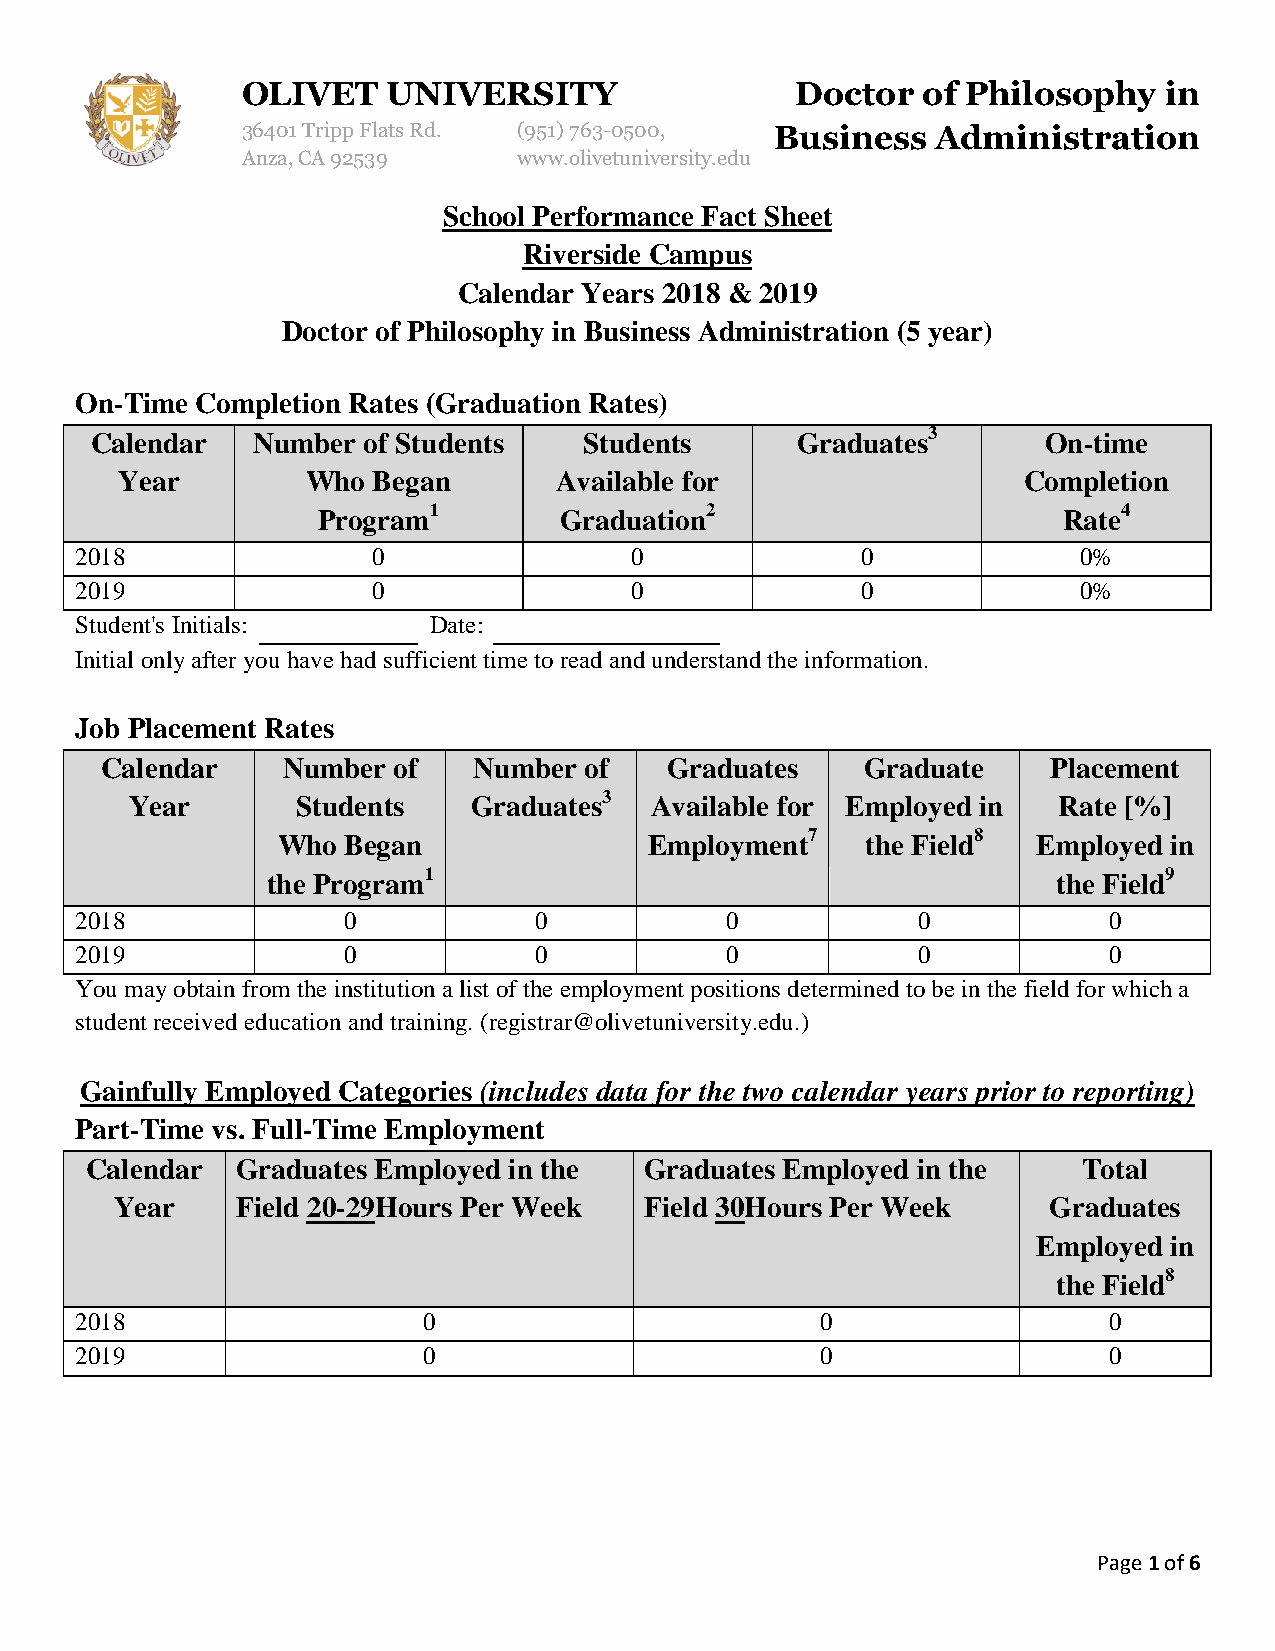
OLIVET    UNIVERSITY                 Doctor  of Philosophy   in
 36401 Tripp Flats Rd. (951) 763-0500, Business Administration
 Anza, CA 92539    www.olivetuniversity.edu
 School Performance Fact Sheet
 Riverside Campus
 Calendar Years 2018 & 2019
 Doctor of Philosophy in Business Administration (5 year)
 On-Time Completion Rates (Graduation Rates)
 Calendar   Number of Students    Students      Graduates3      On-time
 Year        Who  Began       Available for                  Completion
 Program1        Graduation2                      Rate4
 2018                0                0              0              0%
 2019                0                0              0              0%
 Student's Initials:    Date:
 Initial only after you have had sufficient time to read and understand the information.
 Job Placement Rates
 Calendar    Number of   Number  of   Graduates    Graduate     Placement
 Year       Students   Graduates3  Available for Employed in  Rate [%]
 Who  Began               Employment7   the Field8  Employed in
 the Program1                                        the Field9
 2018              0           0            0            0           0
 2019              0           0            0            0           0
 You may obtain from the institution a list of the employment positions determined to be in the field for which a
 student received education and training. (registrar@olivetuniversity.edu.)
 Gainfully Employed Categories (includes data for the two calendar years prior to reporting)
 Part-Time vs. Full-Time Employment
 Calendar  Graduates Employed in the  Graduates Employed in the    Total
 Year    Field 20-29Hours Per Week  Field 30Hours Per Week    Graduates
 Employed in
 the Field8
 2018                   0                         0                  0
 2019                   0                         0                  0
 Page 1 of 6